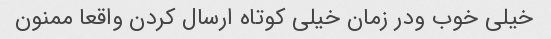
خیلی خوب ودر زمان خیلی کوتاه ارسال کردن واقعا ممنون